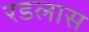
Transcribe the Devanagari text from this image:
रडलास